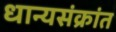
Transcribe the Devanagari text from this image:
धान्यसंक्रांत